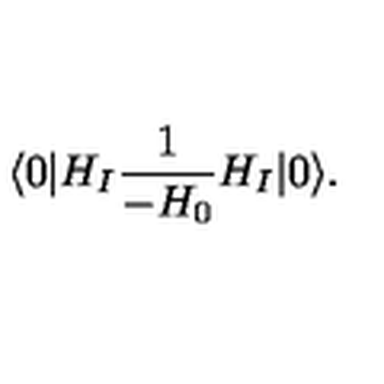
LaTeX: \langle 0 | H _ { I } { \frac { 1 } { - H _ { 0 } } } H _ { I } | 0 \rangle .